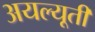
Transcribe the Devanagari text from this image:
अयल्यूती